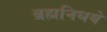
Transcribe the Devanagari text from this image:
ब्रह्मनिधये